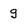
Character: g